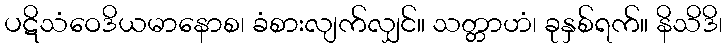
ပဋိသံဝေဒိယမာနောစ၊ ခံစားလျက်လျှင်။ သတ္တာဟံ၊ ခုနှစ်ရက်။ နိသိဒိ၊